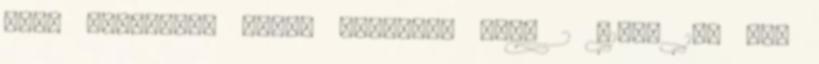
BÉLA RUHAIPARI GÉPEK ÜZEMTANA III. 2 415,- 137 DR.